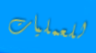
للعمليات